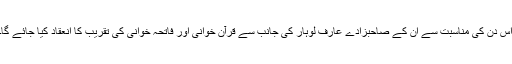
اس دن کی مناسبت سے ان کے صاحبزادے عارف لوہار کی جانب سے قرآن خوانی اور فاتحہ خوانی کی تقریب کا انعقاد کیا جائے گا۔